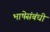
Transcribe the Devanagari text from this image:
भाषेसंबंधी